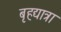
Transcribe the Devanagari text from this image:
बृहद्यात्रा